Indian journal of veterinary science and animal husbandry - Volume 10,
Year: 1940
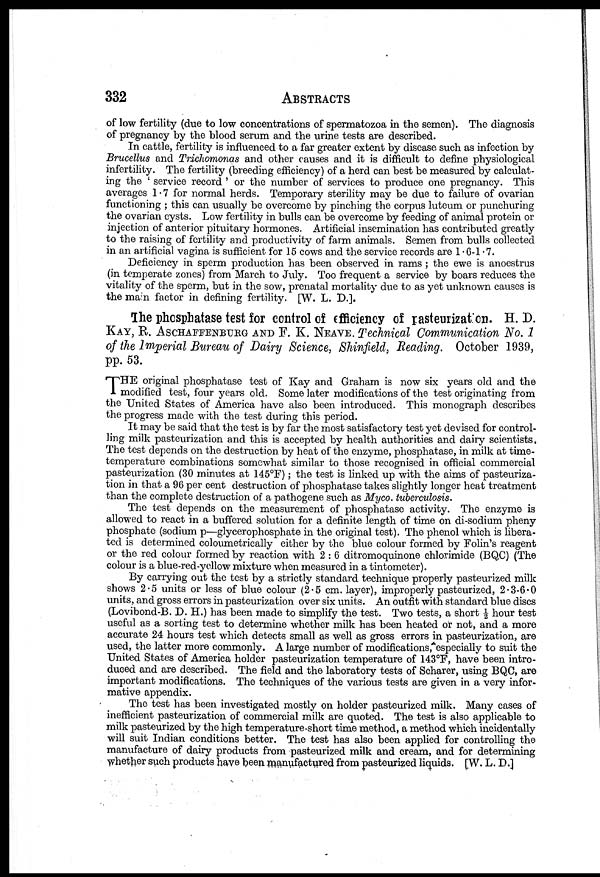
332
ABSTRACTS
of low fertility (due to low concentrations of spermatozoa in the semen). The diagnosis
of pregnancy by the blood serum and the urine tests are described.
In cattle, fertility is influenced to a far greater extent by disease such as infection by
Brucellus and Trichomonas and other causes and it is difficult to define physiological
infertility. The fertility (breeding efficiency) of a herd can best be measured by calculat-
ing the ' service record ' or the number of services to produce one pregnancy. This
averages 1.7 for normal herds. Temporary sterility may be due to failure of ovarian
functioning ; this can usually be overcome by pinching the corpus luteum or punchuring
the ovarian cysts. Low fertility in bulls can be overcome by feeding of animal protein or
injection of anterior pituitary hormones. Artificial insemination has contributed greatly
to the raising of fertility and productivity of farm animals. Semen from bulls collected
in an artificial vagina is sufficient for 15 cows and the service records are 1.6-1.7.
Deficiency in sperm production has been observed in rams ; the ewe is anoestrus
(in temperate zones) from March to July. Too frequent a service by boars reduces the
vitality of the sperm, but in the sow, prenatal mortality due to as yet unknown causes is
the main factor in defining fertility. [W. L. D.].
The phosphatase test for control of efficiency of rasteurization. H. D.
KAY, R. ASCHAFFENBURG AND F. K. NEAVE. Technical Communication No. 1
of the Imperial Bureau of Dairy Science, Shinfield, Reading. October 1939,
pp. 53.
T HE original phosphatase test of Kay and Graham is now six years old and the
modified test, four years old. Some later modifications of the test originating from
the "United States of America have also been introduced. This monograph describes
the progress made with the test during this period.
It may be said that the test is by far the most satisfactory test yet devised for control-
ling milk pasteurization and this is accepted by health authorities and dairy scientists.
The test depends on the destruction by heat of the enzyme, phosphatase, in milk at time-
temperature combinations somewhat similar to those recognised in official commercial
pasteurization (30 minutes at 145°F); the test is linked up with the aims of pasteuriza-
tion in that a 96 per cent destruction of phosphatase takes slightly longer heat treatment
than the complete destruction of a pathogene such as Myco. tuberculosis.
The test depends on the measurement of phosphatase activity. The enzyme is
allowed to react in a buffered solution for a definite length of time on di-sodium pheny
phosphate (sodium p—glycerophosphate in the original test). The phenol which is libera-
ted is determined coloumetrically either by the blue colour formed by Folin's reagent
or the red colour formed by reaction with 2 : 6 ditromoquinone chlorimide (BQC) (The
colour is a blue-red-yellow mixture when measured in a tintometer).
By carrying out the test by a strictly standard technique properly pasteurized milk
shows 2.5 units or less of blue colour (2.5 cm. layer), improperly pasteurized, 2.3-6.0
units, and gross errors in pasteurization over six units. An outfit with standard blue discs
(Lovibond-B. D. H.) has been made to simplify the test. Two tests, a short ½ hour test
useful as a sorting test to determine whether milk has been heated or not, and a more
accurate 24 hours test which detects small as well as gross errors in pasteurization, are
used, the latter more commonly. A large number of modifications, especially to suit the
United States of America holder pasteurization temperature of 143°F, have been intro-
duced and are described. The field and the laboratory tests of Scharer, using BQC, are
important modifications. The techniques of the various tests are given in a very infor-
mative appendix.
The test has been investigated mostly on holder pasteurized milk. Many cases of
inefficient pasteurization of commercial milk are quoted. The test is also applicable to
milk pasteurized by the high temperature-short time method, a method which incidentally
will suit Indian conditions better. The test has also been applied for controlling the
manufacture of dairy products from pasteurized milk and cream, and for determining
whether such products have been manufactured from pasteurized liquids. [W. L, D.]